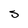
Character: S